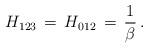
LaTeX: \begin{align*}H_{123} \,=\, H_{012} \,=\, \frac{1}{\beta} \, . \end{align*}